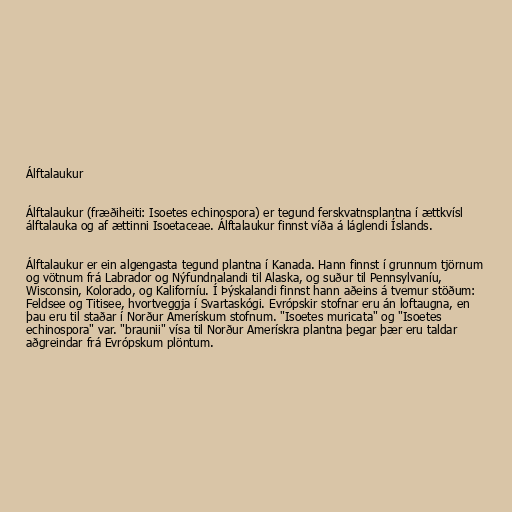
Álftalaukur

Álftalaukur (fræðiheiti: Isoetes echinospora) er tegund ferskvatnsplantna í ættkvísl
álftalauka og af ættinni Isoetaceae. Álftalaukur finnst víða á láglendi Íslands.

Álftalaukur er ein algengasta tegund plantna í Kanada. Hann finnst í grunnum tjörnum
og vötnum frá Labrador og Nýfundnalandi til Alaska, og suður til Pennsylvaníu,
Wisconsin, Kolorado, og Kaliforníu. Í Þýskalandi finnst hann aðeins á tvemur stöðum:
Feldsee og Titisee, hvortveggja í Svartaskógi. Evrópskir stofnar eru án loftaugna, en
þau eru til staðar í Norður Amerískum stofnum. "Isoetes muricata" og "Isoetes
echinospora" var. "braunii" vísa til Norður Amerískra plantna þegar þær eru taldar
aðgreindar frá Evrópskum plöntum.